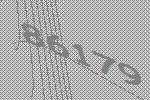
86179